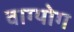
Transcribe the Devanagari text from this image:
वाग्योग